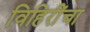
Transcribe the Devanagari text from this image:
विहिरींचा